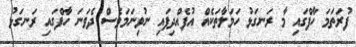
ފުރަތަމަ ހާފްގައި މާ ރަނގަޅު ހަމަލާތަކެއް އުފެއްދިފައި ނުވިނަމަވެސް ދެވަނަ ހާފްގައި ރަނގަޅު